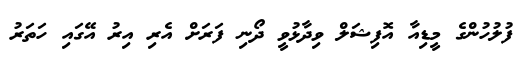
ފުލުހުންގެ މީޑިއާ އޮފިޝަލް ވިދާޅުވީ ދޯނި ފަރަށް އެރި އިރު އޭގައި ހަތަރު